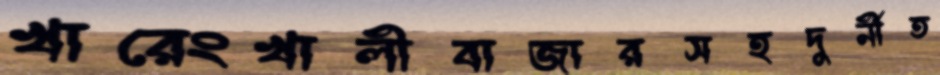
খারেংখালীবাজারসহদুর্নীত